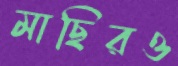
মাছিরও